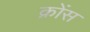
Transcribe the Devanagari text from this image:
क्रोंस